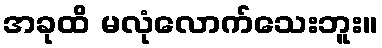
အခုထိ မလုံလောက်သေးဘူး။